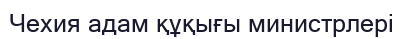
Чехия адам құқығы министрлері